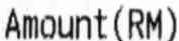
AMOUNT(RM)